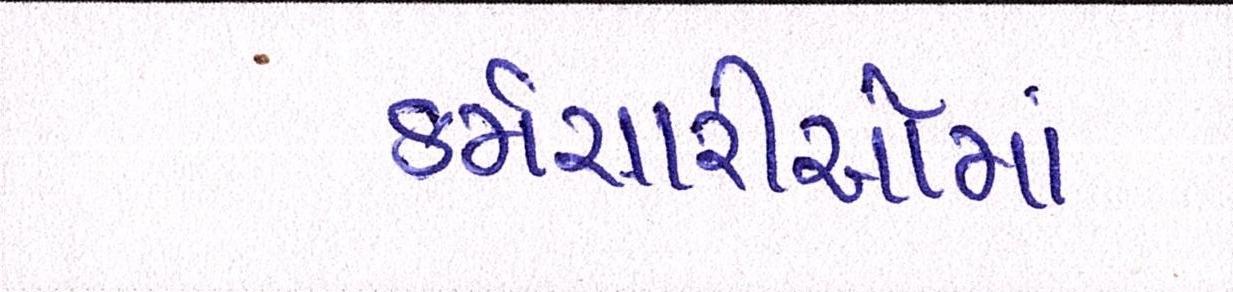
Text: કર્મચારીઓમાં